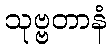
သုဗ္ဗတာနံ